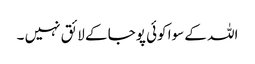
اللہ کے سوا کوئی پوجا کے لائق نہیں ۔